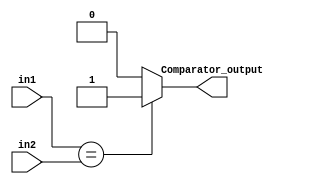
module Comparator #(parameter n=16) (
output reg   Comparator_output ,
input  wire	 [n-1:0] in1, 
input  wire  [n-1:0] in2
);

always@(*)
begin
Comparator_output=0;
if(in1 == in2 )
begin
Comparator_output=1; 
end
else ;
end

endmodule